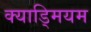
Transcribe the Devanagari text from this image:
क्याड्मियम